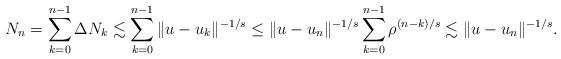
LaTeX: \begin{align*}N_n=\sum_{k=0}^{n-1}\Delta N_k \lesssim \sum_{k=0}^{n-1}\|u-u_k\|^{-1/s}\le \|u-u_n\|^{-1/s} \sum_{k=0}^{n-1} \rho^{(n-k)/s}\lesssim \|u-u_n\|^{-1/s}.\end{align*}